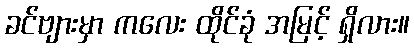
ခင်ဗျားမှာ ကလေး ထိုင်ခုံ အမြင့် ရှိလား။